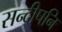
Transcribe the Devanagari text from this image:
सन्दीपनि